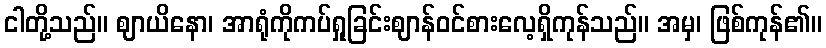
ငါတို့သည်။ ဈာယိနော၊ အာရုံကိုကပ်ရှုခြင်းဈာန်ဝင်စားလေ့ရှိကုန်သည်။ အမှ၊ ဖြစ်ကုန်၏။